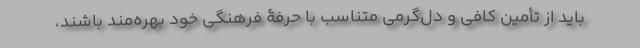
باید از تأمین کافی و دل‌گرمی متناسب با حرفۀ فرهنگی خود بهره‌مند باشند،